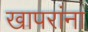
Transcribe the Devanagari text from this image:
खापरांना